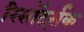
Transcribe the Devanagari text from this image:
रिसॉर्ट्सके